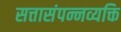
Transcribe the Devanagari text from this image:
सत्तासंपन्नव्यक्ति